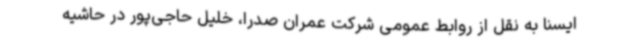
ایسنا به نقل از روابط عمومی شرکت عمران صدرا، خلیل حاجی‌پور در حاشیه